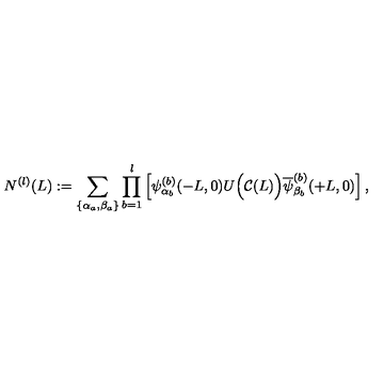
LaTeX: N ^ { ( l ) } ( L ) : = \sum _ { \{ \alpha _ { a } , \beta _ { a } \} } \prod _ { b = 1 } ^ { l } \left[ \psi _ { \alpha _ { b } } ^ { ( b ) } ( - L , 0 ) U \Big ( { \cal C } ( L ) \Big ) \overline { { \psi } } _ { \beta _ { b } } ^ { ( b ) } ( + L , 0 ) \right] ,